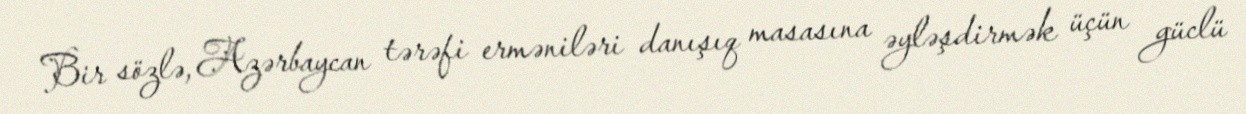
Bir sözlə, Azərbaycan tərəfi erməniləri danışıq masasına əyləşdirmək üçün güclü